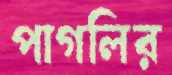
পাগলির